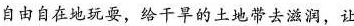
自由自在地玩耍，给干旱的土地带去滋润，让